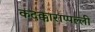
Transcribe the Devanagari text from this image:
कदक्काराप्पल्ली